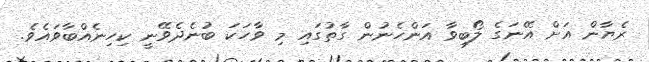
ރެޔާން އަށް އޭނަގެ ލޯބިވާ އަންހެނުން ގާތުގައި މި ވާހަކަ ބުނެދެވޭނީ ކިހިނެއްބާވައެވެ.